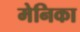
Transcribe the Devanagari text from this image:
मेनिका